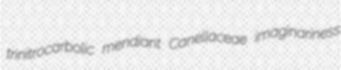
trinitrocarbolic mendiant Canellaceae imaginariness